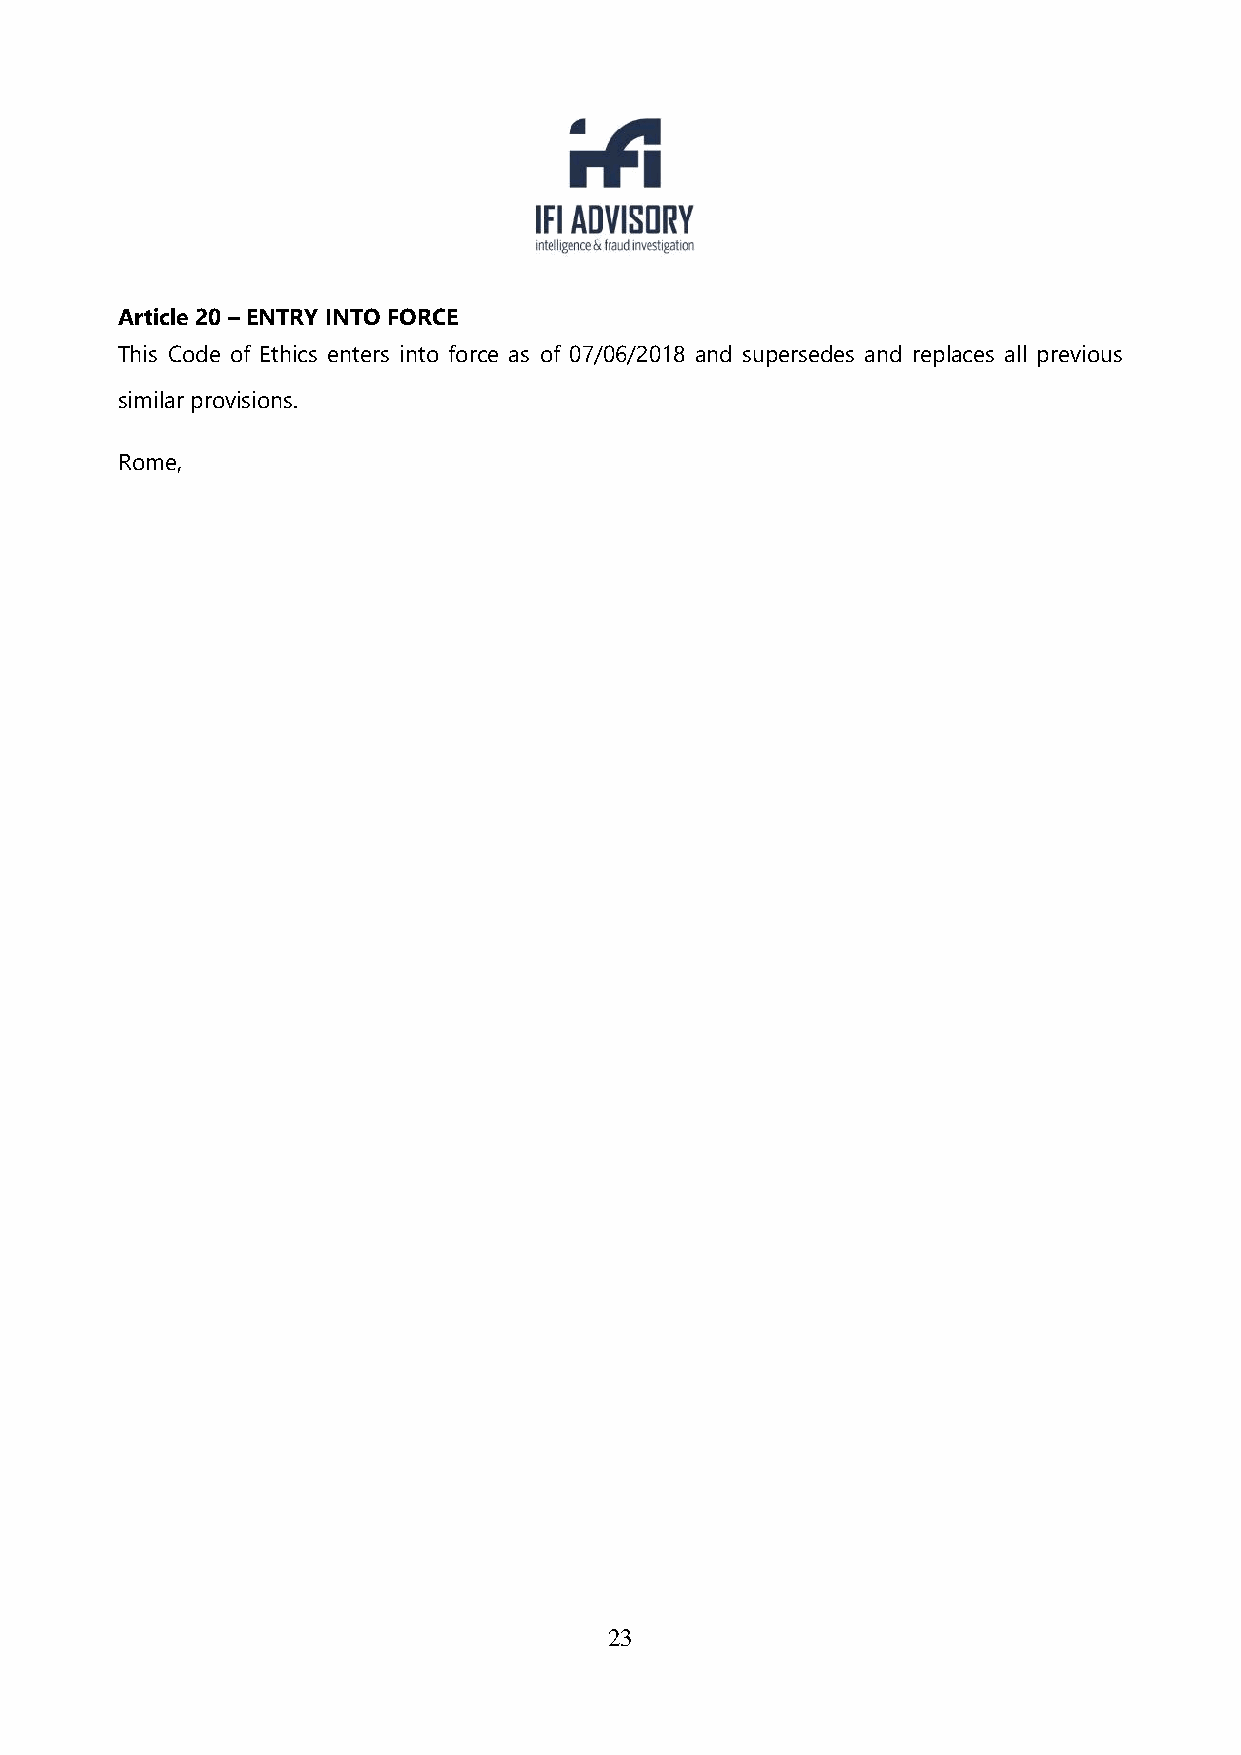
Article 20 – ENTRY INTO FORCE
 This Code of Ethics enters into force as of 07/06/2018 and supersedes and replaces all previous
 similar provisions.
 Rome,
 23